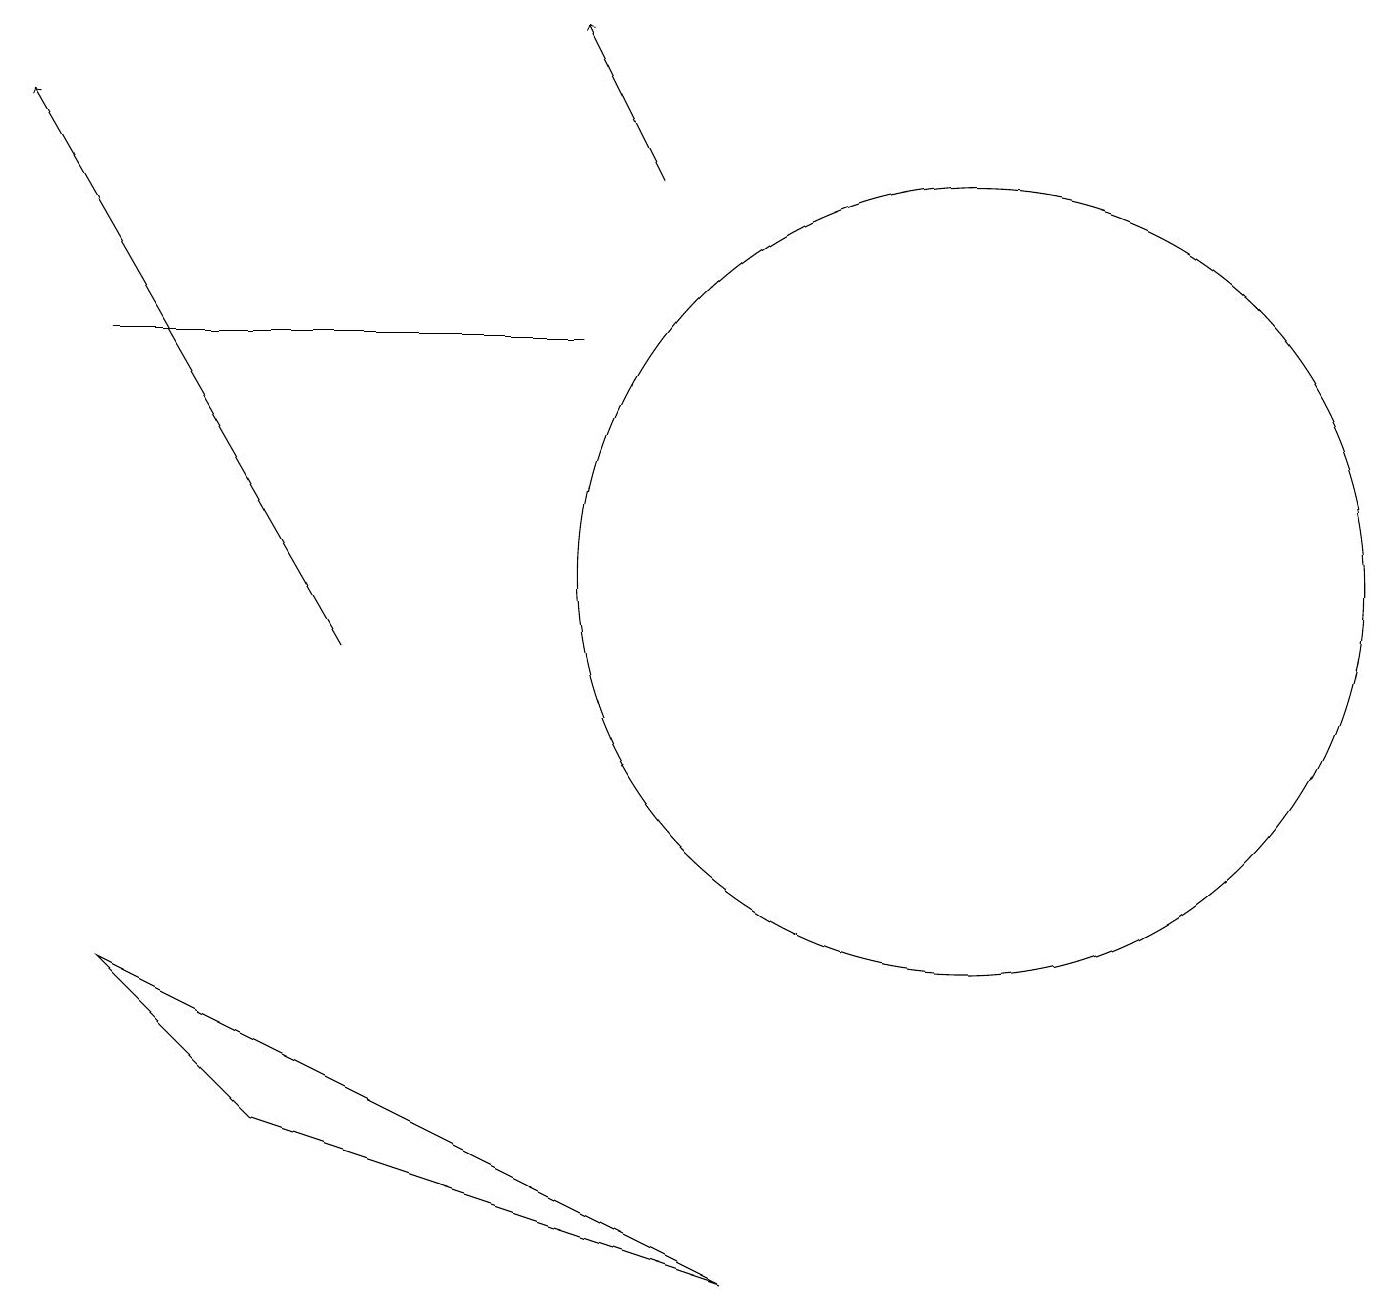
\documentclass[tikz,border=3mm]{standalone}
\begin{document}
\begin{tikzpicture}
\draw (7,15) rectangle (1,15);
\draw[->] (8,17) -- (7,19);
\draw (3,5) -- (1,7) -- (9,3) -- cycle;
\draw[->] (4,11) -- (0,18);
\draw (12,12) circle (5);
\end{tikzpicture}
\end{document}